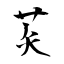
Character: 苂